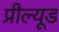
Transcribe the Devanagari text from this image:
प्रील्यूड